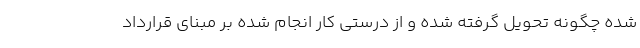
شده چگونه تحویل گرفته شده و از درستی کار انجام شده بر مبنای قرارداد